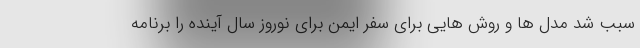
سبب شد مدل ها و روش هایی برای سفر ایمن برای نوروز سال آینده را برنامه